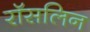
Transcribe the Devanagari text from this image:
रॉसलिन